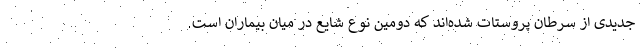
جدیدی از سرطان پروستات شده‌اند که دومین نوع شایع در میان بیماران است.